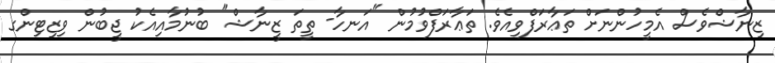
ޒިނާޝްވެސް އެމީހުންނަށް ތަޢާރަފްވިއެވެ. ތަޢާރަފްވުމުން "އަނހާ- ތީތަ ޒީނާޝް" ބުނުމާއިއެކު ޖީބުން ވިޒިޓިންގ